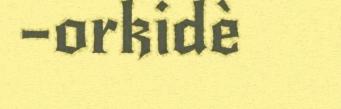
–orkidè